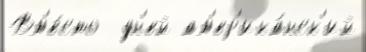
Вм'е́сто  дн'ей ам'ер'ика́нск'ий